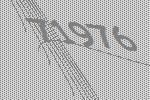
71976